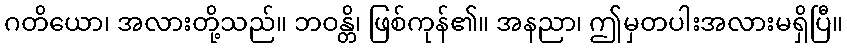
ဂတိယော၊ အလားတို့သည်။ ဘဝန္တိ၊ ဖြစ်ကုန်၏။ အနညာ၊ ဤမှတပါးအလားမရှိပြီ။